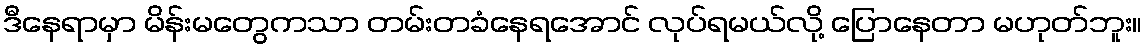
ဒီနေရာမှာ မိန်းမတွေကသာ တမ်းတခံနေရအောင် လုပ်ရမယ်လို့ ပြောနေတာ မဟုတ်ဘူး။